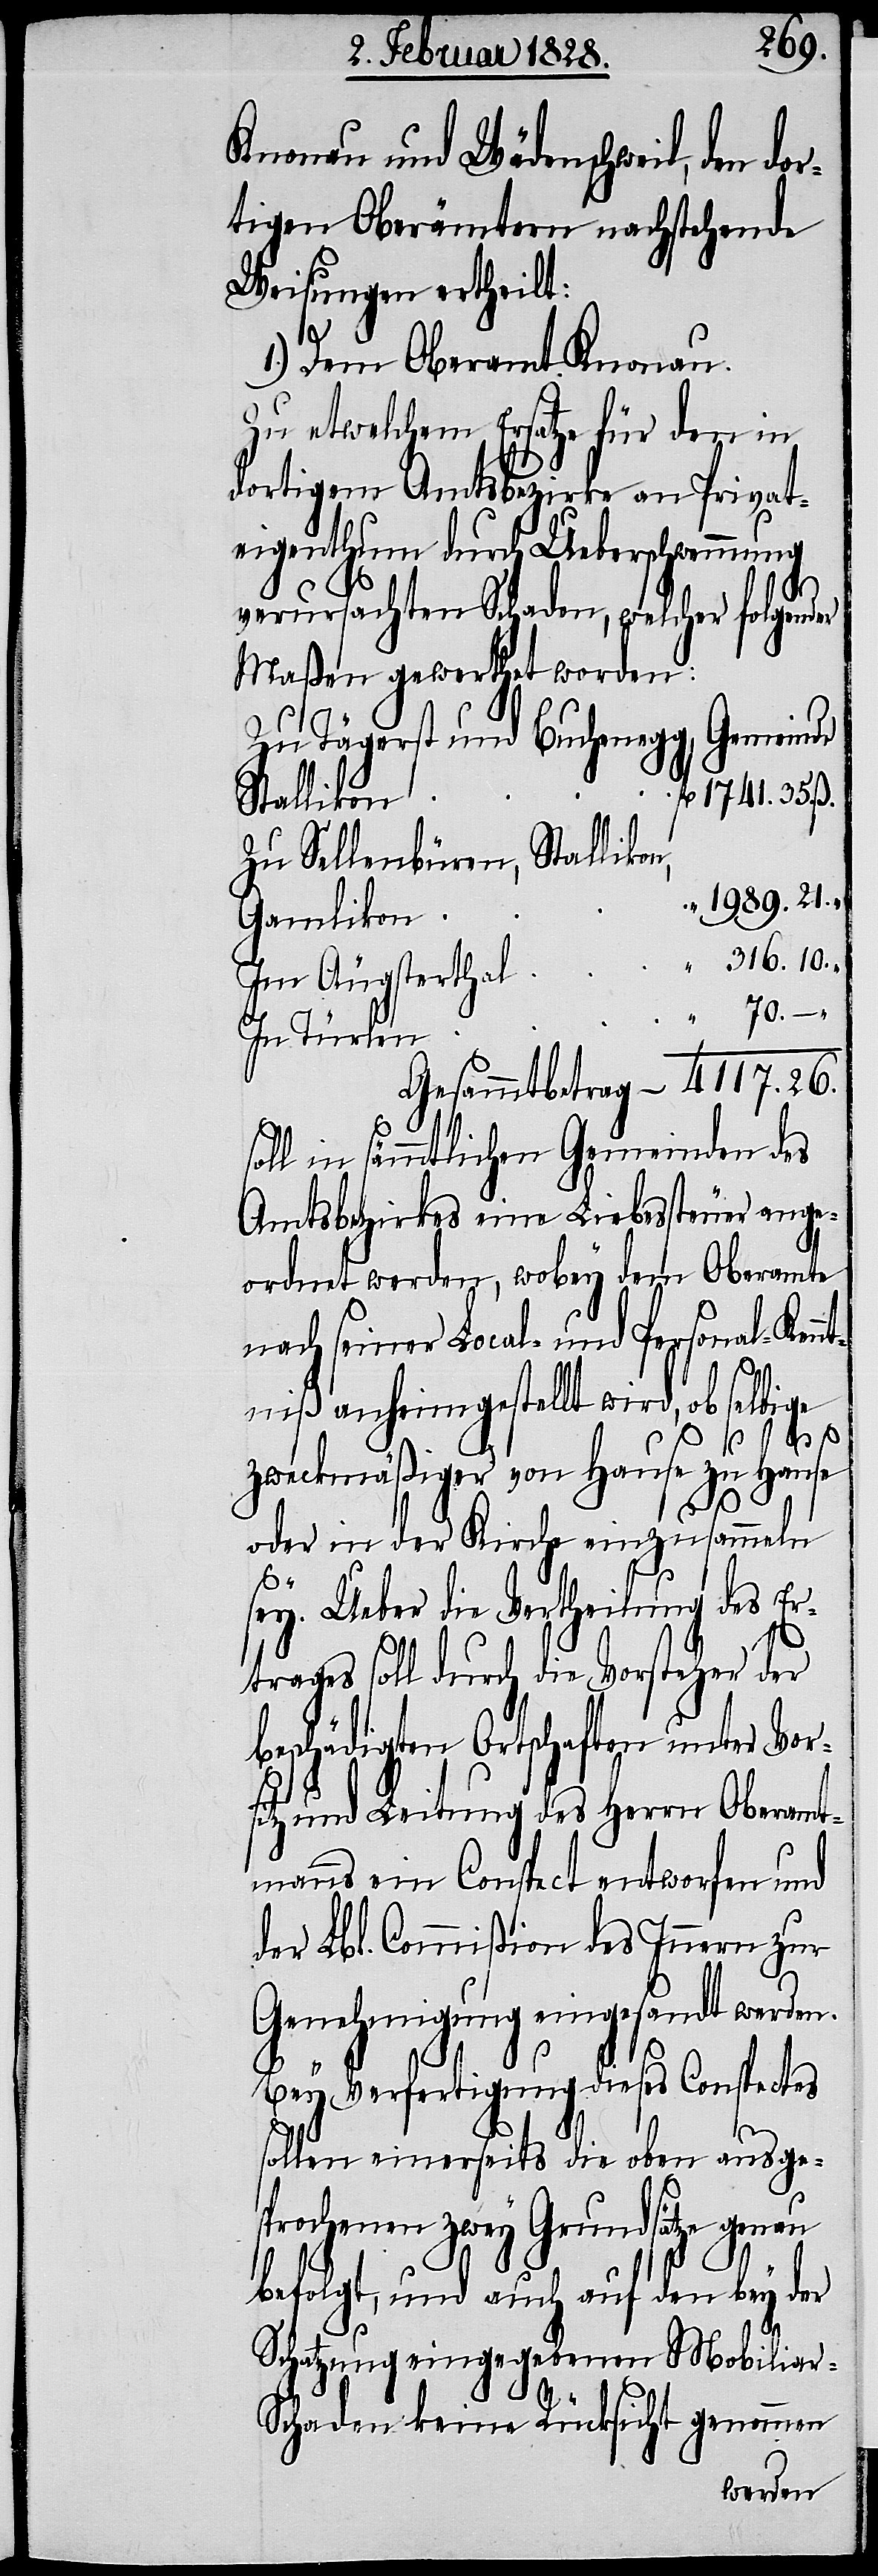
Knonau und Wädenschweil, den dor¬
tigen Oberämtern nachstehende
Weisungen ertheilt:
1.) Dem Oberamt Knonau.
Zu etwelchem Ersatze für den in
dortigem Amtsbezirke an Privat¬
eigenthum durch Überschwemmung
verursachten Schaden, welcher folgender
Maßen gewerthet worden:
Zu Tägerst und Buchenegg, Gemeinde
1741. 35. ß.
Zu Sellenbüren, Stallikon,
“ 1989. 21.
“ 316. 10.
70. – “
Gesammtbetrag 4117. 26.
soll in sämmtlichen Gemeinden des
Amtsbezirkes eine Liebessteuer ange¬
ordnet werden, wobey dem Oberamte
nach seiner Local- und Personal-Ken¬
ntniß anheimgestellt wird, ob selbige
zweckmäßiger von Hause zu Hause
oder in der Kirche einzusammeln
sey. Ueber die Vertheilung des Er¬
trages soll durch die Vorsteher der
beschädigten Ortschaften unter Vors¬
itz und Leitung des Herrn Oberamt¬
manns ein Conspect entworfen und
der Lbl. Commißion des Innern zur
Genehmigung eingesandt werden.
Bey Verfertigung dieses Conspectes
sollen einerseits die oben ausge¬
sprochenen zwey Grundsätze genau
befolgt, und auch auf den bey der
Schatzung eingegebenen Mobiliar-S¬
chaden keine Rücksicht genommen